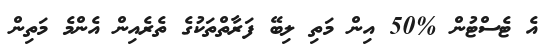
އެ ޓެސްޓުން %50 އިން މަތި ލިބޭ ފަރާތްތަކުގެ ތެރެއިން އެންމެ މަތިން